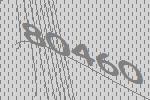
80460